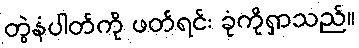
တွဲနံပါတ်ကို ဖတ်ရင်း ခုံကိုရှာသည်။